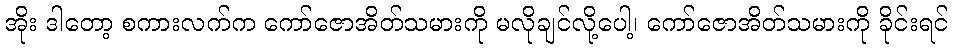
အိုး ဒါတော့ စကားလက်က ကော်ဇောအိတ်သမားကို မလိုချင်လို့ပေါ့၊ ကော်ဇောအိတ်သမားကို ခိုင်းရင်